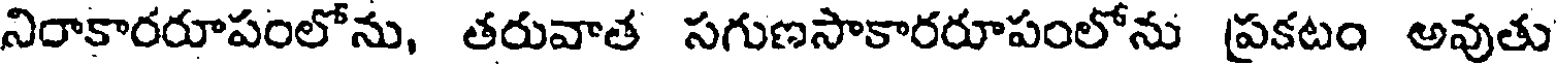
నిరాకారరూపంలోను, తరువాత సగుణసాకారరూపంలోను ప్రకటం అవుతు